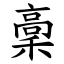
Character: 稾